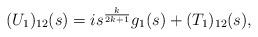
LaTeX: \begin{align*}(U_1)_{12}(s) = i s^\frac{k}{2k+1}g_1(s) + (T_1)_{12}(s),\end{align*}